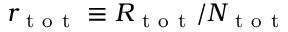
r _ { \mathrm { ~ t ~ o ~ t ~ } } \equiv R _ { \mathrm { ~ t ~ o ~ t ~ } } / N _ { \mathrm { ~ t ~ o ~ t ~ } }